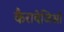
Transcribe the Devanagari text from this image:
कैरावेजिओ